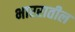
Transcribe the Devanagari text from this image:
भाररातील